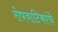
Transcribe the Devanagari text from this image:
रोपवाटिकांचे